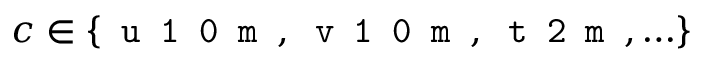
c \in \{ \texttt { u 1 0 m } , \texttt { v 1 0 m } , \texttt { t 2 m } , \ldots \}